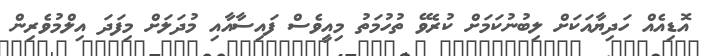
އޮޑިއެއް ހަދިޔާއަކަށް ލިބުނުކަމަށް ކުރެވޭ ތުހުމަތު މިއީވެސް ފައިސާއާއި މުދަލަށް މިފަދަ އިލްމުވެރިން